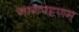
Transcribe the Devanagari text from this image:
नागपट्टणम्